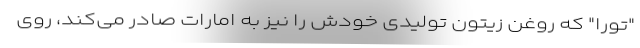
"تورا" که روغن زیتون تولیدی خودش را نیز به امارات صادر می‌کند، روی